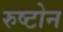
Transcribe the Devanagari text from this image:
रुष्टोन